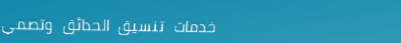
خدمات تنسيق الحدائق وتصمي